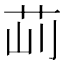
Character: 𦭣